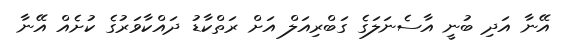
އޭނާ އަދި ބުނީ އާސެނަލަގެ ގަބްރިއަލް އަށް ރަތްކާޑު ދައްކާވަރުގެ ކުށެއް އޭނާ